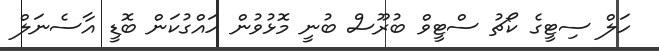
ހަލް ސިޓީގެ ކޯޗު ސްޓީވް ބުރޫސް ބުނީ މޮޅުވުން ހައްގުކަން ބޮޑީ އާސެނަލް